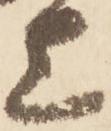
上